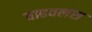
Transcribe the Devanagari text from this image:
वाढवलंस